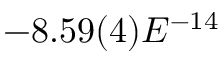
- 8 . 5 9 ( 4 ) E ^ { - 1 4 }